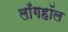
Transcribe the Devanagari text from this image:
लाँगहॉल